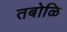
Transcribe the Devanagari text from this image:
तबोळि